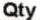
QTY